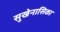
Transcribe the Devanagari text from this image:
सुखेनासिका